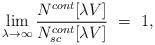
LaTeX: \begin{align*}\lim_{\lambda \rightarrow \infty }\frac{N^{cont}[\lambda V]}{N_{sc}^{cont}[\lambda V]}\ =\ 1, \end{align*}